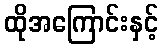
ထိုအကြောင်းနှင့်